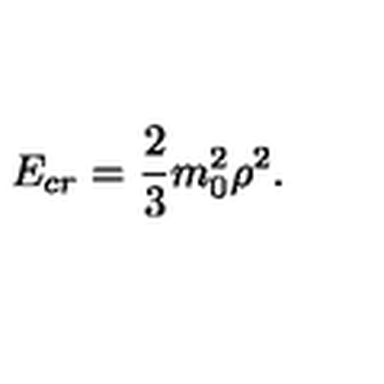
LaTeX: E _ { c r } = { \frac { 2 } { 3 } } m _ { 0 } ^ { 2 } \rho ^ { 2 } .